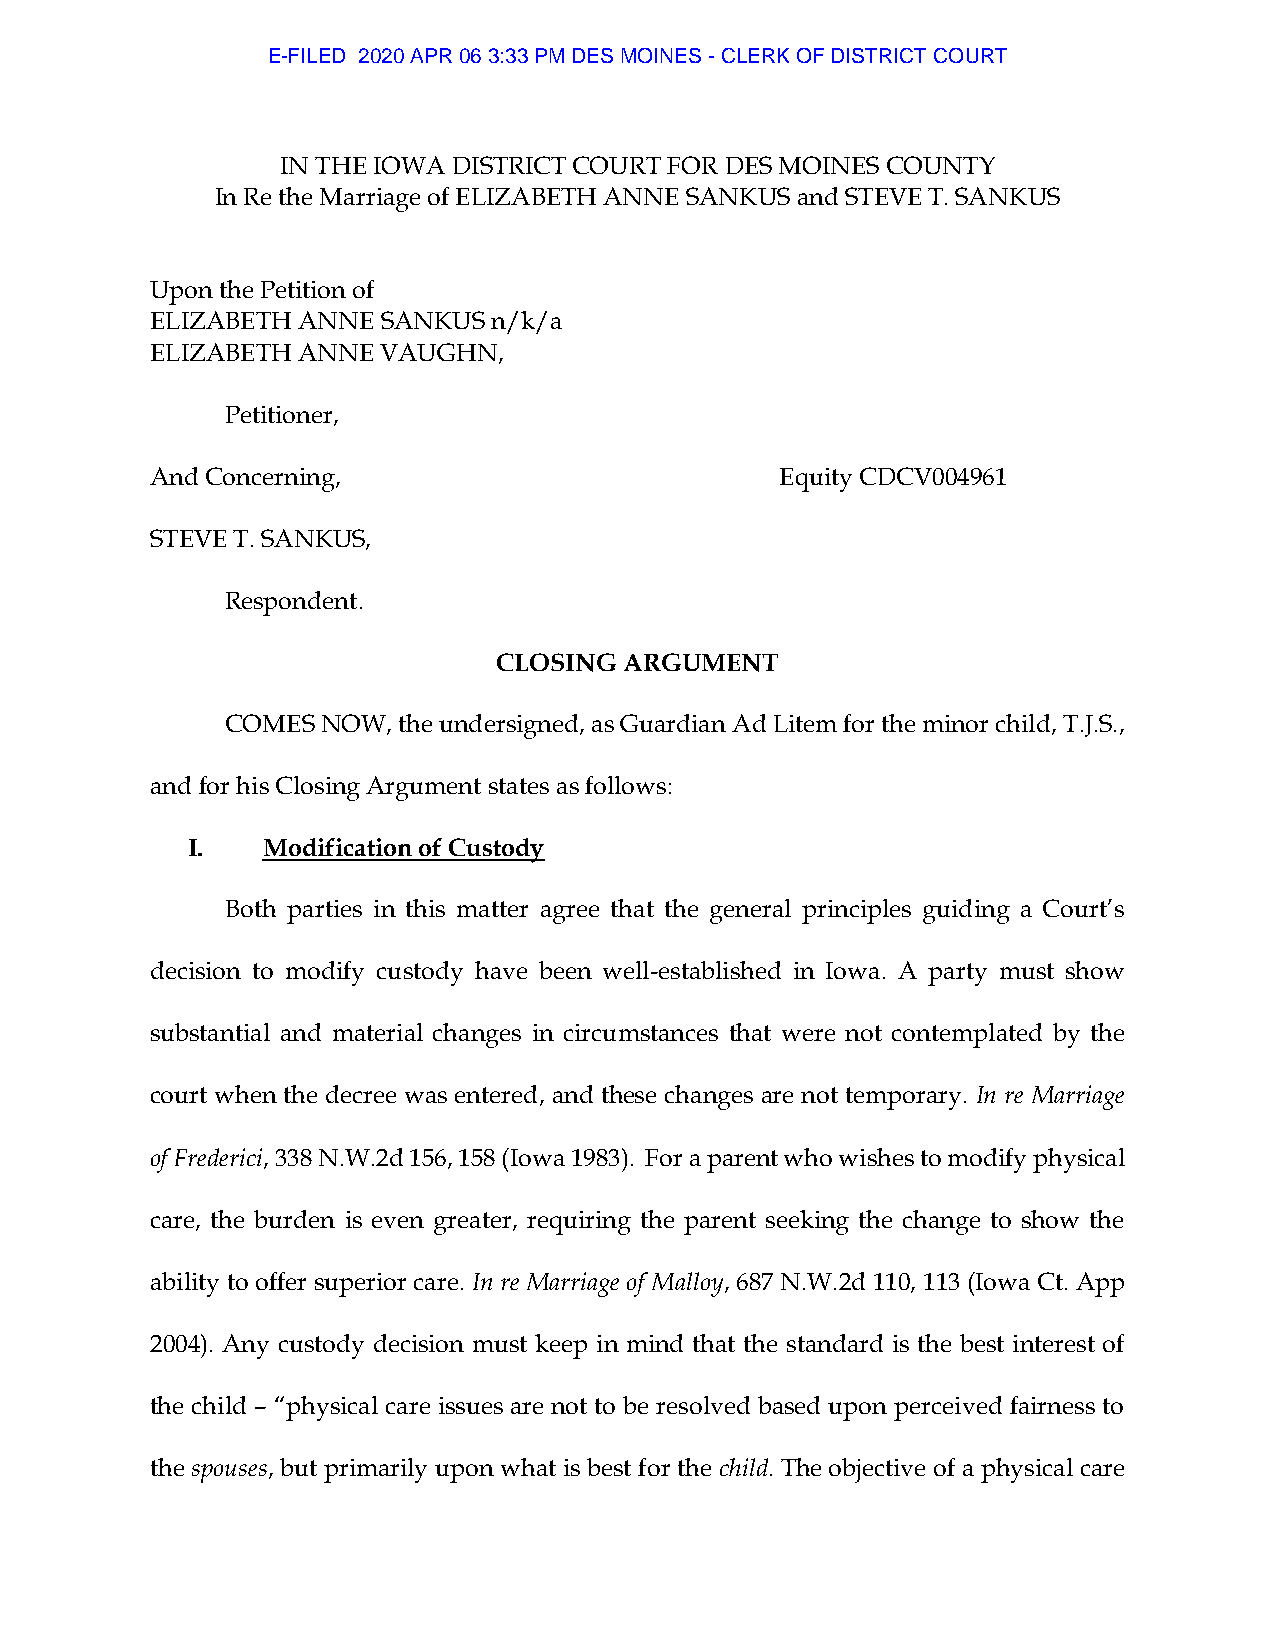
E-FILED 2020 APR 06 3:33 PM DES MOINES - CLERK OF DISTRICT COURT
 IN THE IOWA DISTRICT COURT FOR DES MOINES COUNTY
 In Re the Marriage of ELIZABETH ANNE SANKUS and STEVE T. SANKUS
 Upon the Petition of
 ELIZABETH ANNE SANKUS  n/k/a
 ELIZABETH ANNE VAUGHN,
 Petitioner,
 And Concerning,                           Equity CDCV004961
 STEVE T. SANKUS,
 Respondent.
 CLOSING ARGUMENT
 COMES NOW, the undersigned, as Guardian Ad Litem for the minor child, T.J.S.,
 and for his Closing Argument states as follows:
 I.   Modification of Custody
 Both parties in this matter agree that the general principles guiding a Court’s
 decision to modify custody have been well-established in Iowa. A party must show
 substantial and material changes in circumstances that were not contemplated by the
 court when the decree was entered, and these changes are not temporary. In re Marriage
 of Frederici, 338 N.W.2d 156, 158 (Iowa 1983). For a parent who wishes to modify physical
 care, the burden is even greater, requiring the parent seeking the change to show the
 ability to offer superior care. In re Marriage of Malloy, 687 N.W.2d 110, 113 (Iowa Ct. App
 2004). Any custody decision must keep in mind that the standard is the best interest of
 the child – “physical care issues are not to be resolved based upon perceived fairness to
 the spouses, but primarily upon what is best for the child. The objective of a physical care